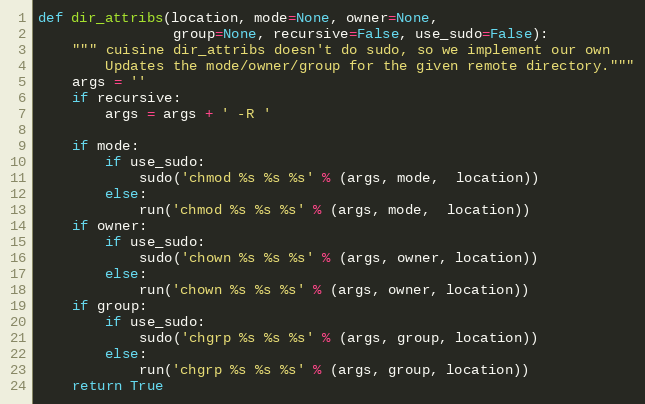
Language: Python
def dir_attribs(location, mode=None, owner=None,
                group=None, recursive=False, use_sudo=False):
    """ cuisine dir_attribs doesn't do sudo, so we implement our own
        Updates the mode/owner/group for the given remote directory."""
    args = ''
    if recursive:
        args = args + ' -R '

    if mode:
        if use_sudo:
            sudo('chmod %s %s %s' % (args, mode,  location))
        else:
            run('chmod %s %s %s' % (args, mode,  location))
    if owner:
        if use_sudo:
            sudo('chown %s %s %s' % (args, owner, location))
        else:
            run('chown %s %s %s' % (args, owner, location))
    if group:
        if use_sudo:
            sudo('chgrp %s %s %s' % (args, group, location))
        else:
            run('chgrp %s %s %s' % (args, group, location))
    return True